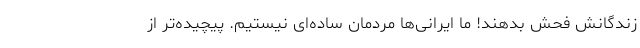
زندگانش فحش بدهند! ما ایرانی‌ها مردمان ساده‌ای نیستیم. پیچیده‌تر از